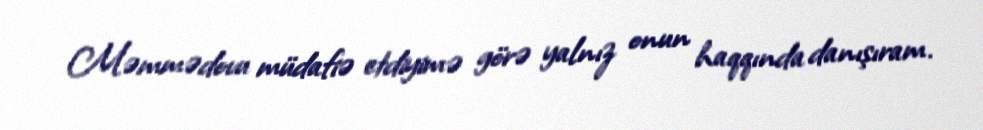
Məmmədovu müdafiə etdiyimə görə yalnız onun haqqında danışıram.